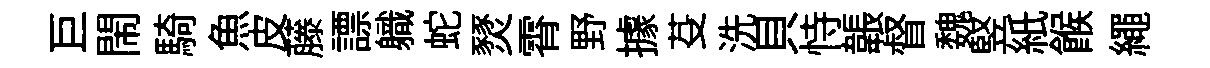
巨閙騎魚皮藤謤軄蛇燹霄野據芟洗貝恃韔督魏竪紙餱繩